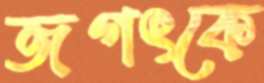
জগৎকে